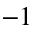
^ { - 1 }